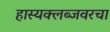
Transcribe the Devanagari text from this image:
हास्यक्लब्जवरचा